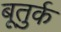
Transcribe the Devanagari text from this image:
बूतुर्क